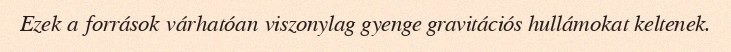
Ezek a források várhatóan viszonylag gyenge gravitációs hullámokat keltenek.